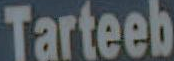
Tarteeb